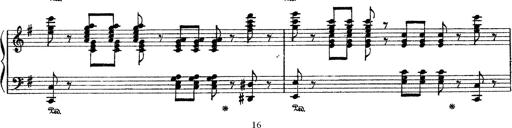
Title: Sarabande und Chaconne aus dem Singspiel
Composer: Franz Liszt